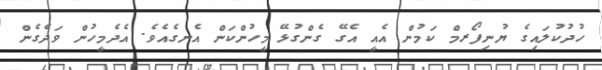
ހުދުކުލައިގެ ޔުނިފޯރމް ކަމުން އެއީ އެގޭ ގެންގުޅޭ މީހުންކަން އެނގެއެވެ. އެދެމީހުން ވަދެގެން